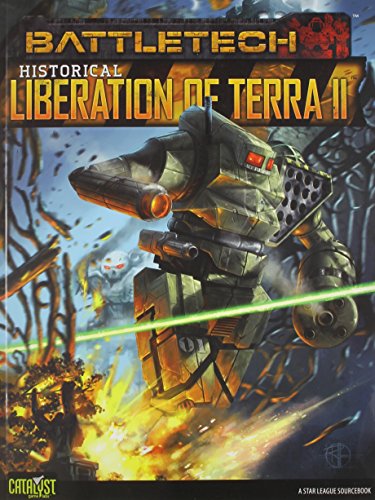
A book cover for Historical Liberation of Terra Vol 2; Chris Hartford; Science Fiction & Fantasy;